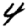
Digit: 4